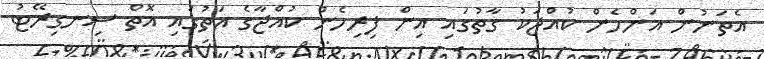
އެތަނުން އަންހެން ކުއްޖަކު ގާތުގައި އިން ފިރިހެން ކުއްޖާގެ އަތުގައި އޮތް ސިނގިރޭޓު